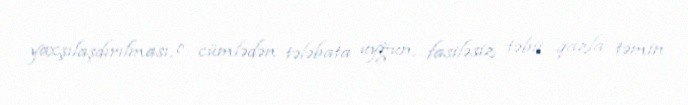
yaxşılaşdırılması, o cümlədən tələbata uyğun, fasiləsiz təbii qazla təmin